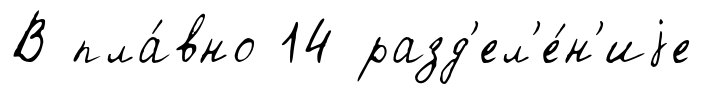
В пла́вно 14 разд'ел'е́н'иjе